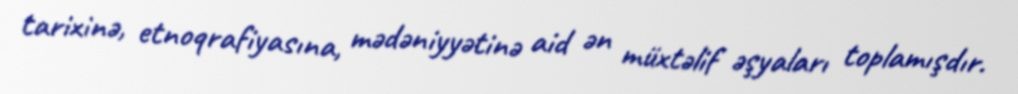
tarixinə, etnoqrafiyasına, mədəniyyətinə aid ən müxtəlif əşyaları toplamışdır.